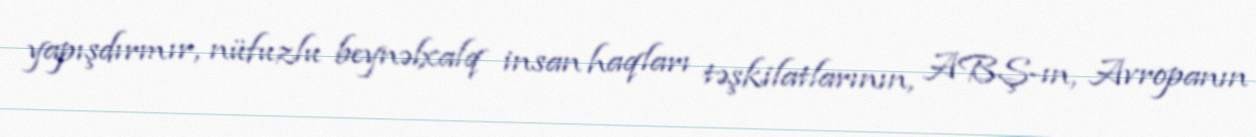
yapışdırmır, nüfuzlu beynəlxalq insan haqları təşkilatlarının, ABŞ-ın, Avropanın